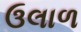
ઉલાળ